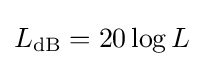
L_{\mathrm {dB} }=20\log L\,\!